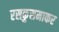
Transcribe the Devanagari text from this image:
रसकुसमाकर